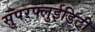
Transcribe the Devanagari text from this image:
सुपरफ्लुईडिटी